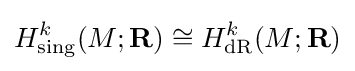
H_{\text{sing}}^{k}(M;\mathbf {R} )\cong H_{\text{dR}}^{k}(M;\mathbf {R} )